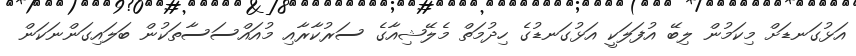
އަޅުގަނޑަށް މިކަމުން ލިބޭ އުފަލަކީ އަޅުގަނޑުގެ ހިދުމަތް މެލޭޝިއާގެ ސަރުކާރާއި މުއައްސަސާތަކުން ބަލައިގަންނަކަން